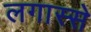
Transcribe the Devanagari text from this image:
लगास्से